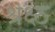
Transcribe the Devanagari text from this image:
श्रेक्ष्ठ